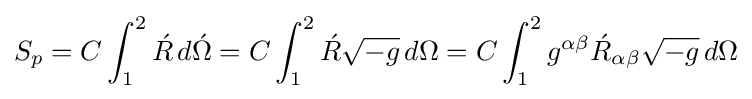
S_{p}=C\int _{1}^{2}{\acute {R}}\,d{\acute {\Omega }}=C\int _{1}^{2}{\acute {R}}{\sqrt {-g}}\,d{\Omega }=C\int _{1}^{2}g^{\alpha \beta }{\acute {R}}_{\alpha \beta }{\sqrt {-g}}\,d{\Omega }